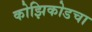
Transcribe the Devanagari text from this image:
कोझिकोडचा